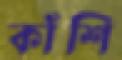
কাঁশি